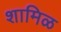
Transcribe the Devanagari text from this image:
शामिळ